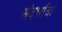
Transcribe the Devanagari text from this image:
संदर्भाचा